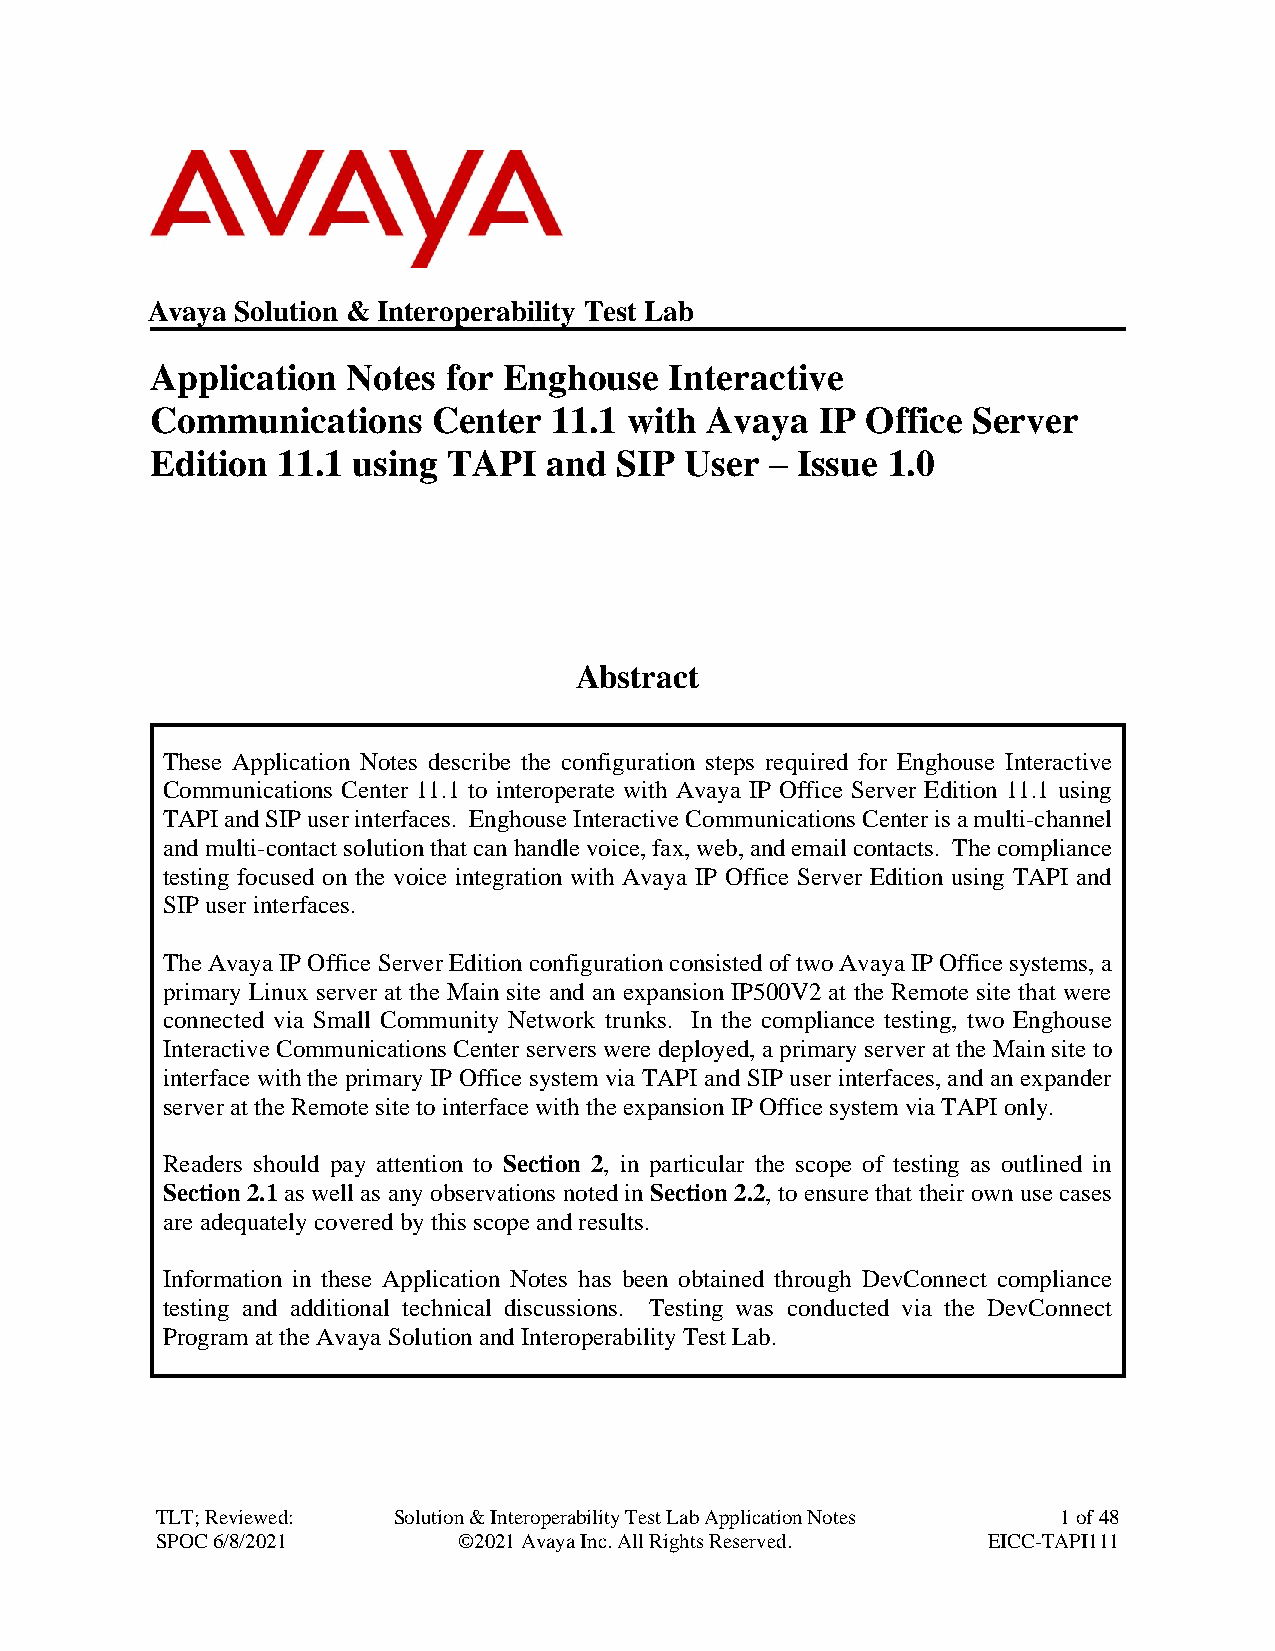
Avaya Solution & Interoperability Test Lab
 Application  Notes  for Enghouse  Interactive
 Communications     Center  11.1 with Avaya  IP Office Server
 Edition 11.1 using  TAPI  and  SIP User  – Issue 1.0
 Abstract
 These Application Notes describe the configuration steps required for Enghouse Interactive
 Communications Center 11.1 to interoperate with Avaya IP Office Server Edition 11.1 using
 TAPI and SIP user interfaces. Enghouse Interactive Communications Center is a multi-channel
 and multi-contact solution that can handle voice, fax, web, and email contacts. The compliance
 testing focused on the voice integration with Avaya IP Office Server Edition using TAPI and
 SIP user interfaces.
 The Avaya IP Office Server Edition configuration consisted of two Avaya IP Office systems, a
 primary Linux server at the Main site and an expansion IP500V2 at the Remote site that were
 connected via Small Community Network trunks. In the compliance testing, two Enghouse
 Interactive Communications Center servers were deployed, a primary server at the Main site to
 interface with the primary IP Office system via TAPI and SIP user interfaces, and an expander
 server at the Remote site to interface with the expansion IP Office system via TAPI only.
 Readers should pay attention to Section 2, in particular the scope of testing as outlined in
 Section 2.1 as well as any observations noted in Section 2.2, to ensure that their own use cases
 are adequately covered by this scope and results.
 Information in these Application Notes has been obtained through DevConnect compliance
 testing and additional technical discussions. Testing was conducted via the DevConnect
 Program at the Avaya Solution and Interoperability Test Lab.
 TLT; Reviewed:  Solution & Interoperability Test Lab Application Notes 1 of 48
 SPOC 6/8/2021       ©2021 Avaya Inc. All Rights Reserved. EICC-TAPI111